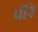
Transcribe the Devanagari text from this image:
पॅरि